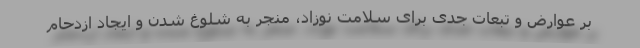
بر عوارض و تبعات جدی برای سلامت نوزاد، منجر به شلوغ شدن و ایجاد ازدحام